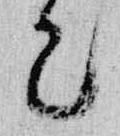
已